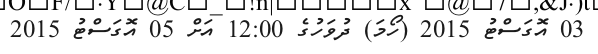
03 އޮގަސްޓު 2015 (ހޯމަ) ދުވަހުގެ 12:00 އަށް 05 އޮގަސްޓު 2015